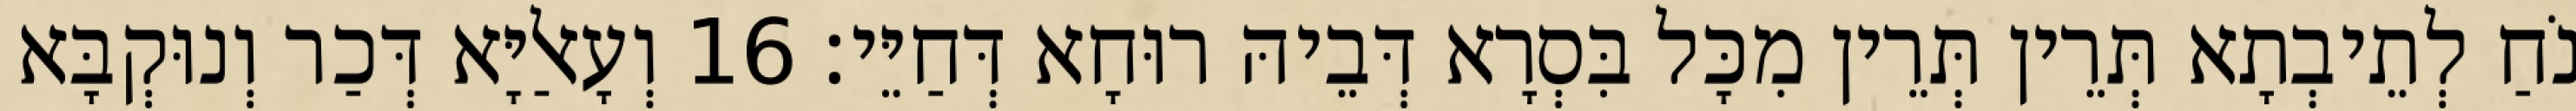
נֹחַ לְתֵיבְתָא תְּרֵין תְּרֵין מִכָּל בִּסְרָא דְּבֵיהּ רוּחָא דְּחַיֵּי׃ 16 וְעָאלַיָּא דְּכַר וְנוּקְבָּא